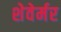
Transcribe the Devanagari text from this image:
शेवेर्मर